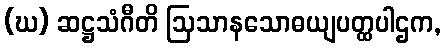
(ဃ) ဆဋ္ဌသံဂီတိ ဩသာနသောဓယျပတ္ထပါဌက,